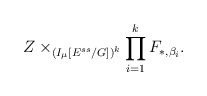
\begin{align*}Z\times_{(I_{\mu}[E^{ss}/G])^k}\prod_{i=1}^{k}F_{*,\beta_i}.\end{align*}